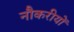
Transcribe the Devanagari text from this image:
नौकरीयों